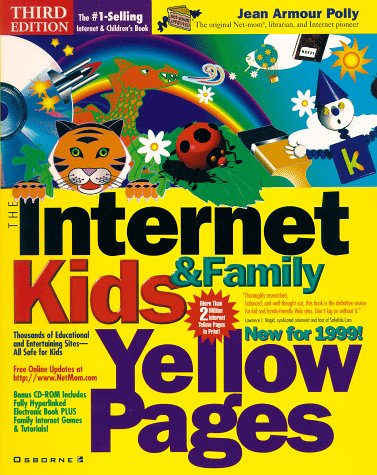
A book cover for The Internet Kids & Family Yellow Pages, 1999 Edition; Jean Armour Polly; Computers & Technology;